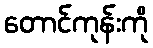
တောင်ကုန်းကို